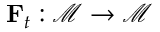
{ \bf F } _ { t } : \mathcal { M } \rightarrow \mathcal { M }